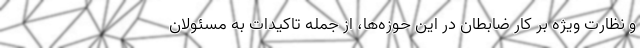
و نظارت ویژه بر کار ضابطان در این حوزه‌ها، از جمله تاکیدات به مسئولان